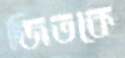
জিতকে